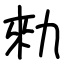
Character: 勑